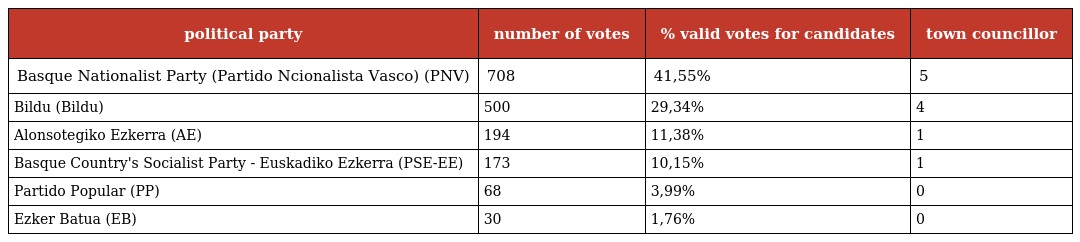
| political party | number of votes | % valid votes for candidates | town councillor |
 | --- | --- | --- | --- |
 | Basque Nationalist Party (Partido Ncionalista Vasco) (PNV) | 708 | 41,55% | 5 |
 | Bildu (Bildu) | 500 | 29,34% | 4 |
 | Alonsotegiko Ezkerra (AE) | 194 | 11,38% | 1 |
 | Basque Country's Socialist Party - Euskadiko Ezkerra (PSE-EE) | 173 | 10,15% | 1 |
 | Partido Popular (PP) | 68 | 3,99% | 0 |
 | Ezker Batua (EB) | 30 | 1,76% | 0 |